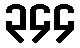
၃၄၄